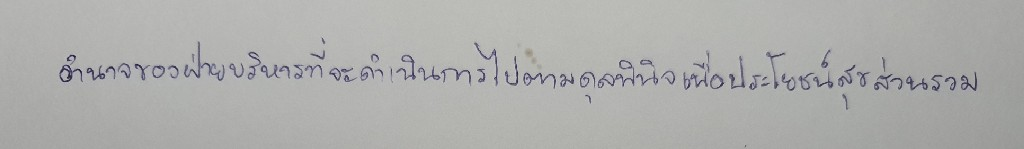
อำนาจของฝ่ายบริหารที่จะดำเนินการไปตามดุลพินิจเพื่อประโยชน์สุขส่วนรวม